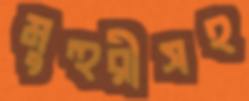
মুহুরীসহ